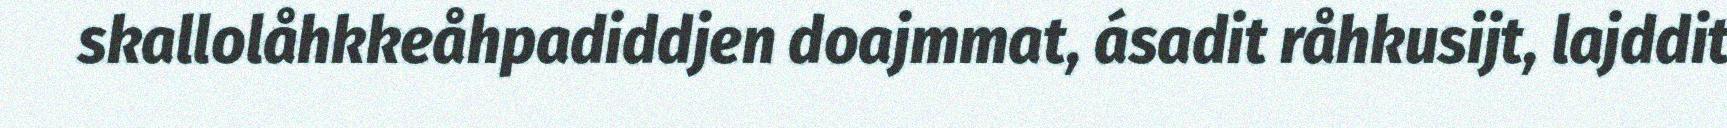
skallolåhkkeåhpadiddjen doajmmat, ásadit råhkusijt, lajddit